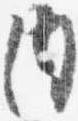
内